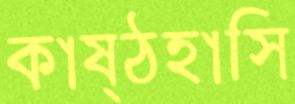
কাষ্ঠহাসি